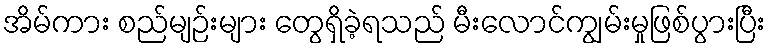
အိမ်ကား စည်မျဉ်းများ တွေရှိခဲ့ရသည် မီးလောင်ကျွမ်းမှုဖြစ်ပွားပြီး